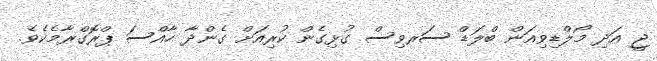
ޖީ އަދި މޯލްޑިވިއަން ބްލަޑް ސަރވިސް ގުޅިގެން ކުރިއަށް ގެންދާ ހާއްސަ ޕްރޮގްރާމެކެވެ.